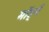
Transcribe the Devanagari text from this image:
मॉर्ड्न